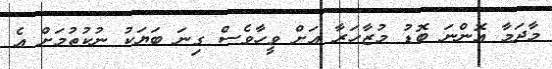
މާދަމާ އޮންނަ ބޮޑު މުޒާހަރާ އަށް ވީހާވެސް ގިނަ ބަޔަކު ނުކުތުމަށް އެ